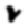
Digit: 2